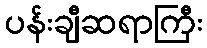
ပန်းချီဆရာကြီး